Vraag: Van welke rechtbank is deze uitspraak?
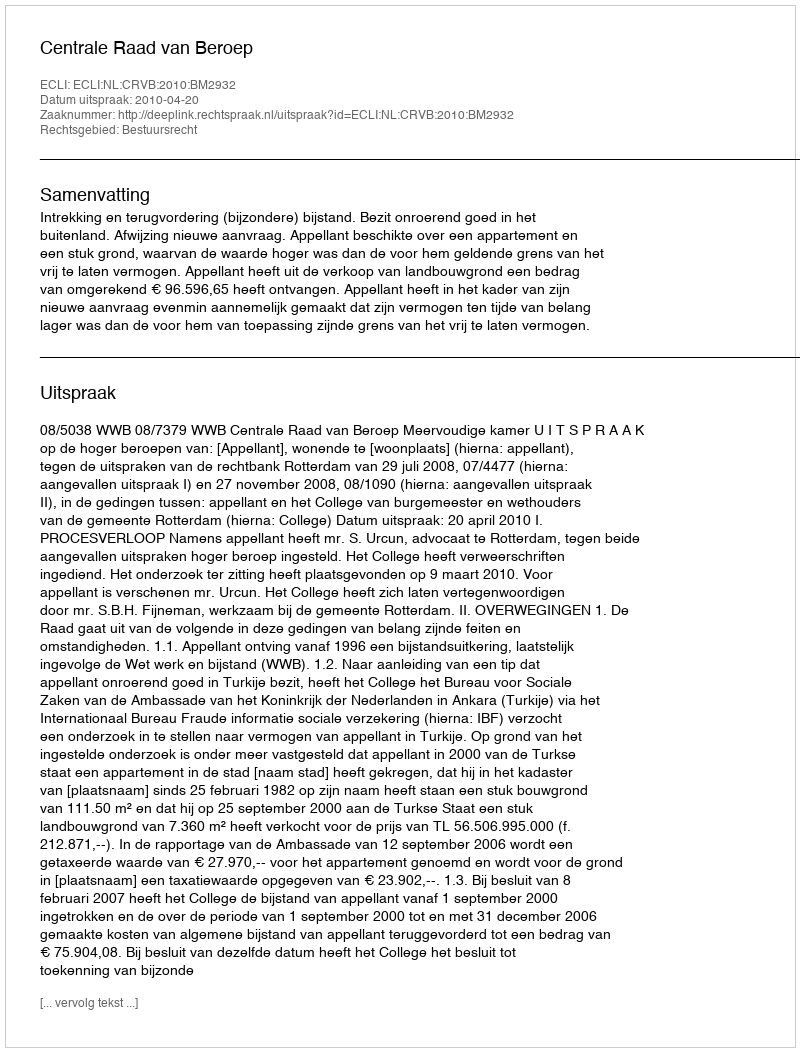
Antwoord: Centrale Raad van Beroep